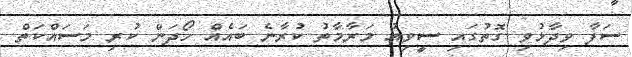
ސަފާ ވިދާޅުވި ގޮތުގައި ސީވިއު މަރާމާތު ކުރާނެ ބައެއް ހޯދަން ކުރި މަސައްކަތް